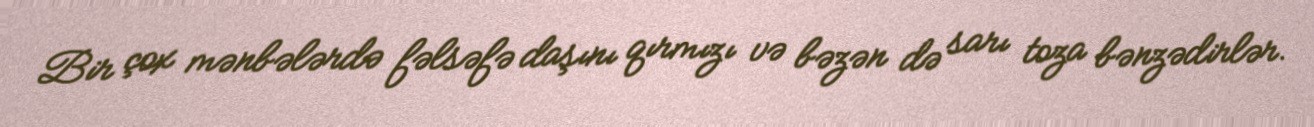
Bir çox mənbələrdə fəlsəfə daşını qırmızı və bəzən də sarı toza bənzədirlər.